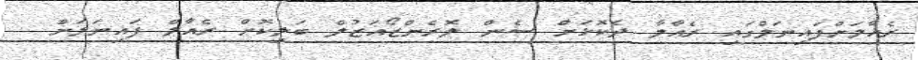
ރެއާލަށްފައިނަލްގައި ރެއާލާ ދެކޮޅަށް ސެން ލޮރެންޒޯއަޒުލް ބަލިކޮށް ރެއާލް ފައިނަލަށް